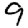
Digit: 9